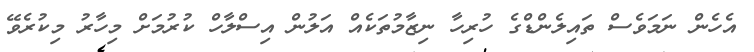
އެހެން ނަމަވެސް ތައިލެންޑްގެ ހުރިހާ ނިޒާމުތަކެއް އަލުން އިސްލާހް ކުރުމަށް މިހާރު މިކުރެވޭ